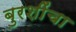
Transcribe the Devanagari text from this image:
बुरशींचा